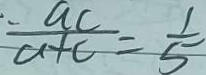
\frac { a c } { a + c } = \frac { 1 } { 5 }